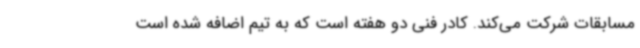
مسابقات شرکت می‌کند. کادر فنی دو هفته است که به تیم اضافه شده است